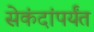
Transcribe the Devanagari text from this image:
सेकंदांपर्यंत